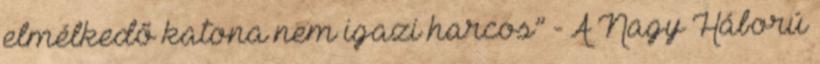
elmélkedő katona nem igazi harcos” - A Nagy Háború